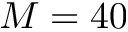
M = 4 0